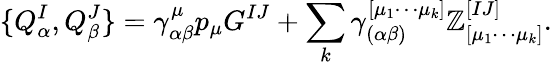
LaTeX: \{ Q_{\alpha}^{I},Q_{\beta}^{J}\} =\gamma_{\alpha\beta}^{\mu}p_{\mu}G^{IJ}+\sum_{k}\gamma_{(\alpha\beta)}^{[\mu_{1}\cdots\mu_{k}]}\mathbb{Z}_{[\mu_{1}\cdots\mu_{k}]}^{[IJ]}.